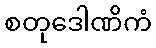
စတုဒေါဏိကံ